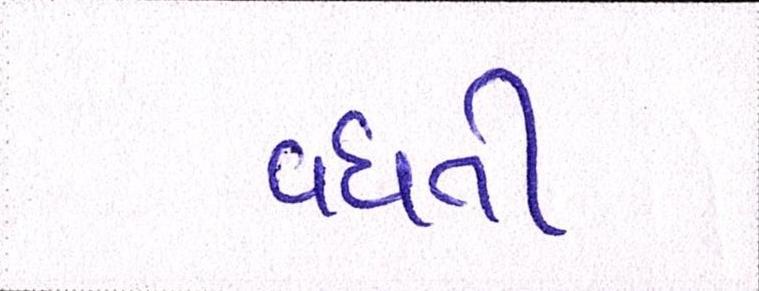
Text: વધતી